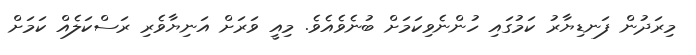
މިރަދުން ފަނޑިޔާރު ކަމުގައި ހުންނެވިކަމަށް ބުނެވެއެވެ. މިއީ ވަރަށް އަނިޔާވެރި ރަސްކަލެއް ކަމަށް